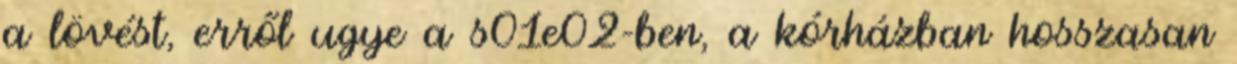
a lövést, erről ugye a s01e02-ben, a kórházban hosszasan